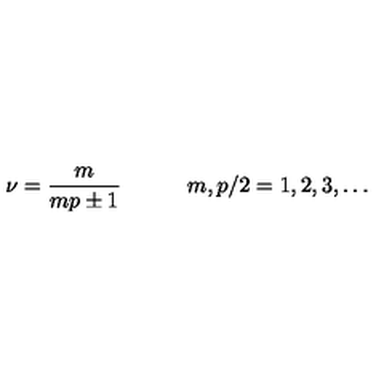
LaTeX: \nu = \frac { m } { m p \pm 1 } \qquad \quad m , p / 2 = 1 , 2 , 3 , \ldots